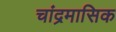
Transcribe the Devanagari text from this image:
चांद्रमासिक